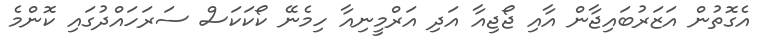
އެގޮތުން އަޒަރުބައިޖާން އާއި ޖޯޖިއާ އަދި އަރްމީނިއާ ހިމެނޭ ކޯކަކަސް ސަރަހައްދުގައި ކޮންމެ